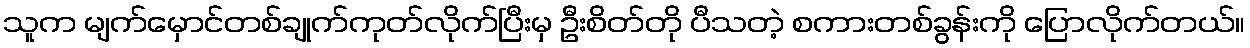
သူက မျက်မှောင်တစ်ချုက်ကုတ်လိုက်ပြီးမှ ဦးစိတ်တို ပီသတဲ့ စကားတစ်ခွန်းကို ပြောလိုက်တယ်။